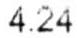
4.24